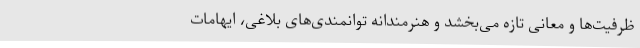
ظرفیت‌ها و معانی تازه می‌بخشد و هنرمندانه توانمندی‌های بلاغی، ایهامات